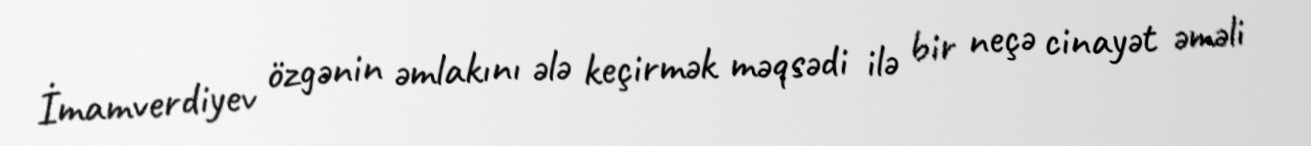
İmamverdiyev özgənin əmlakını ələ keçirmək məqsədi ilə bir neçə cinayət əməli